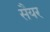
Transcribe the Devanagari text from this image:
सैयर